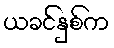
ယခင်နှစ်က